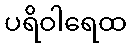
ပရိဝါရေထ